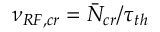
\nu _ { R F , c r } = \bar { N } _ { c r } / \tau _ { t h }